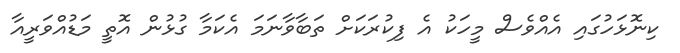
ކިނޮޅަހުގައި އެއްވެސް މީހަކު އެ ފިކުރަކަށް ތަބާވާނަމަ އެކަމާ ގުޅުން އޮތީ މަޑުއްވަރީއާ